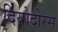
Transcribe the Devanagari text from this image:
दियोदोरस